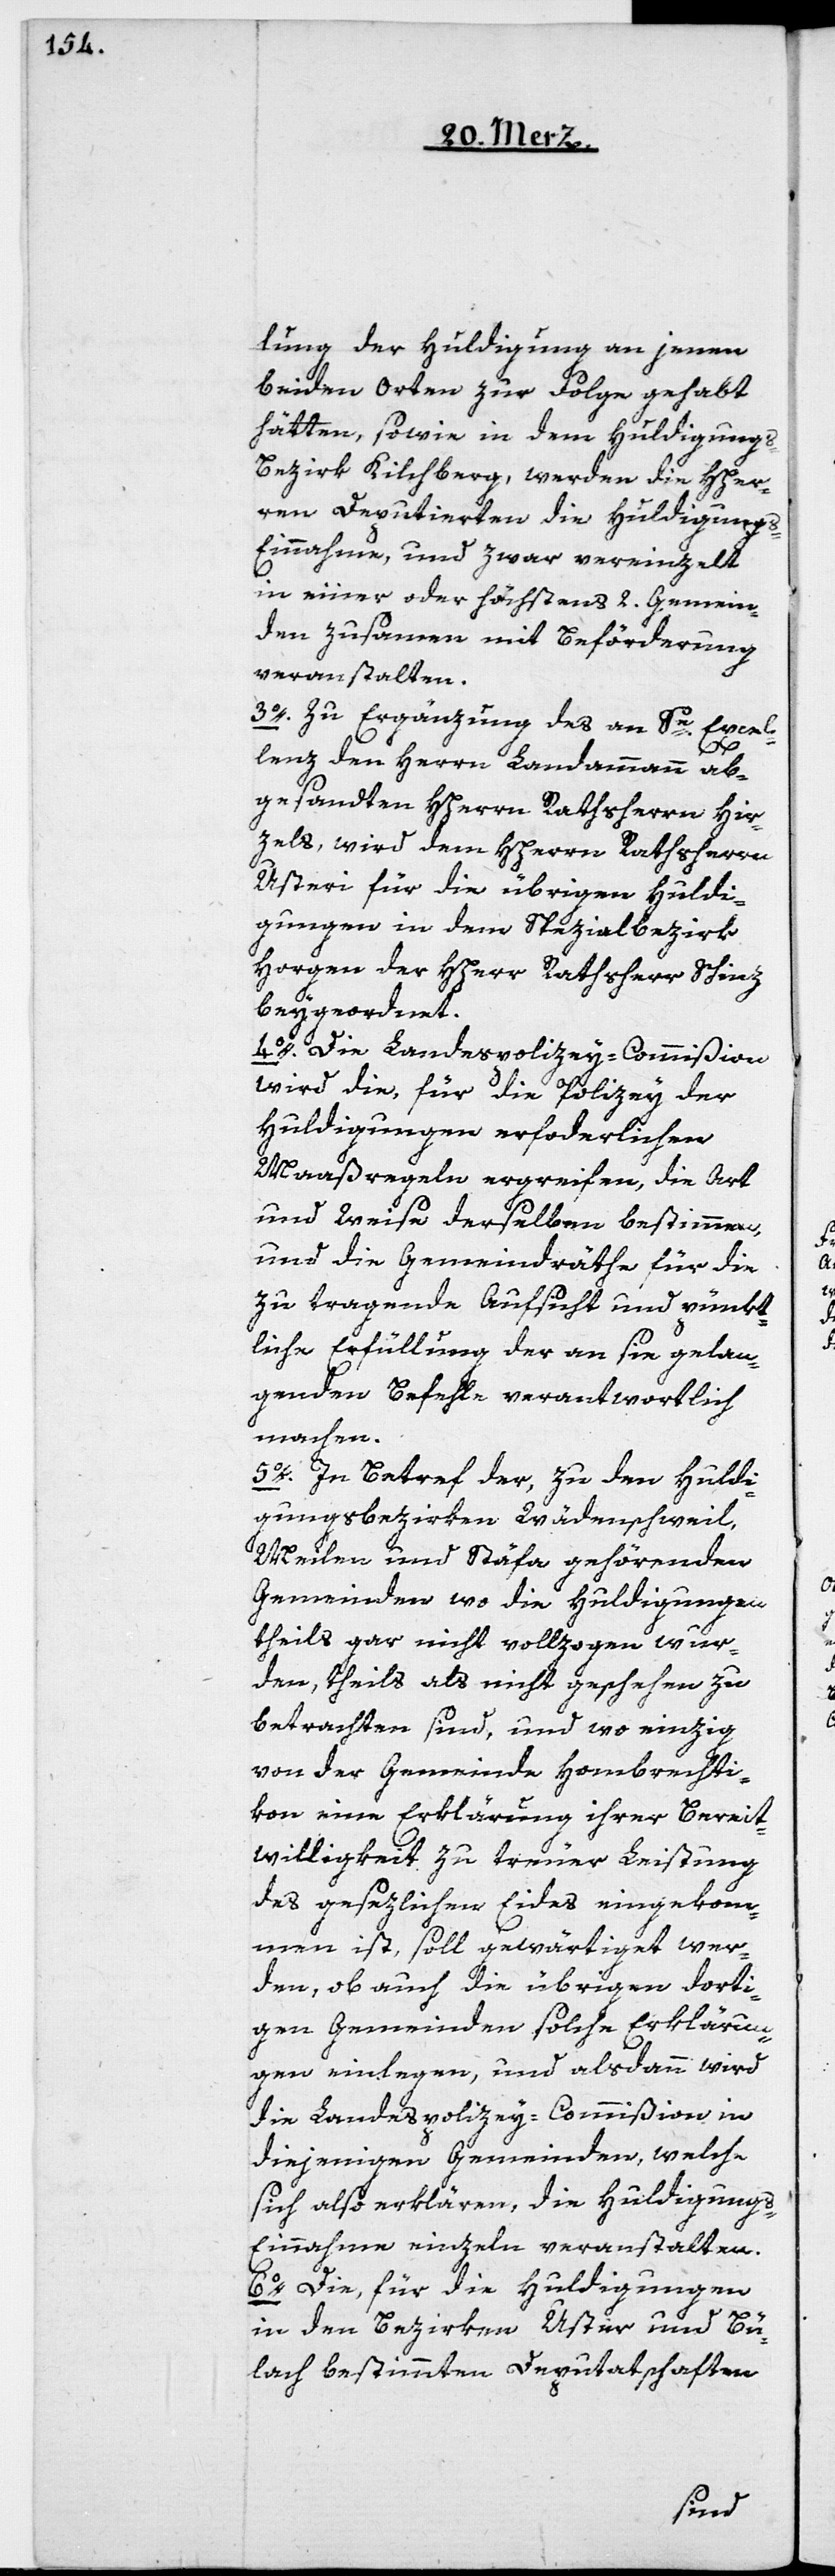
lung der Huldigung an jenen
beiden Orten zur Folge gehabt
hätten, sowie in dem Huldigungs¬
bezirk Kilchberg, werden die HHer¬
ren Deputierten die Huldigungs-E¬
innahme, und zwar vereinzelt
in einer oder höchstens 2. Gemein¬
den zusammen mit Beförderung
veranstalten.
3o. Zu Ergänzung des an Se Excel¬
lenz den Herrn Landammann ab¬
gesandten HHerrn Rathsherrn Hir¬
zels, wird dem HHerrn Rathsherrn
Usteri für die übrigen Huldi¬
gungen in dem Spezialbezirk
Horgen der HHerr Rathsherr Schinz
beygeordnet.
4o. Die Landespolizey-Commißion
wird die, für die Polizey der
Huldigungen erforderlichen
Maaßregeln ergreifen, die Art
und Weise derselben bestimmen,
und die Gemeindräthe für die
zu tragende Aufsicht und pünkt¬
liche Erfüllung der an sie gelan¬
genden Befehle verantwortlich
machen.
5o. In Betref der, zu den Huldi¬
gungsbezirken Wädenschweil,
Meilen und Stäfa gehörenden
Gemeinden, wo die Huldigungen
theils gar nicht vollzogen wur¬
den, theils als nicht geschehen zu
betrachten sind, und wo einzig
von der Gemeinde Hombrechti¬
kon eine Erklärung ihrer Bereit¬
willigkeit zu treuer Leistung
des gesezlichen Eides eingekom¬
men ist, soll gewärtiget wer¬
den, ob auch die übrigen dorti¬
gen Gemeinden solche Erklärun¬
gen einlegen, und alsdann wird
die Landespolizey-Commißion in
diejenigen Gemeinden, welche
sich also erklären, die Huldigungs-E¬
innahme einzeln veranstalten.
6o. Die, für die Huldigungen
in den Bezirken Uster und Bü¬
lach bestimmten Deputatschaften